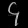
Digit: ၄